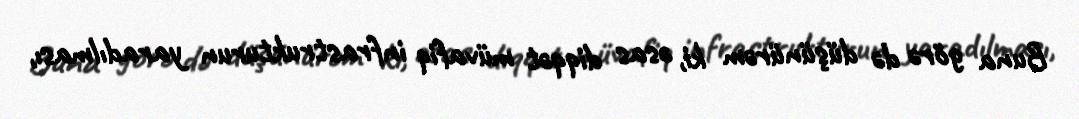
Buna görə də düşünürəm ki, əsas diqqət müvafiq infrastrukturun yaradılması,